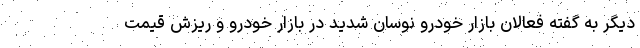
دیگر به گفته فعالان بازار خودرو نوسان شدید در بازار خودرو و ریزش قیمت